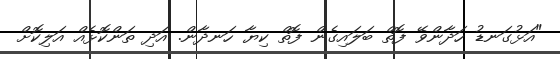
"އަޅުގަނޑު ހަދާންވޭ ފޮތް ބަލައިގެން ފޮތް ކިޔާ ހަނދާން. އަދި ތަންކޮޅެއް އަލިކޮށް